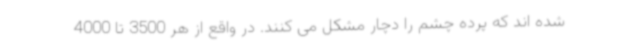
شده اند که پرده چشم را دچار مشکل می کنند. در واقع از هر 3500 تا 4000